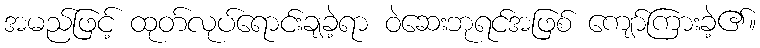
အမည်ဖြင့် ထုတ်လုပ်ရောင်းချခဲ့ရာ ဝဲဆေးဘုရင်အဖြစ် ကျော်ကြားခဲ့၏။